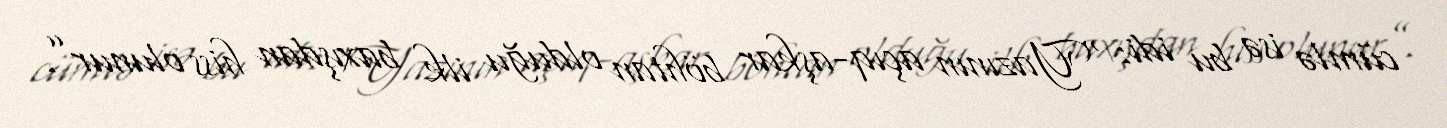
cümlə isə bu idi: “Yazının açıq-aşkar böhtan olduğu ilk baxışdan hiss olunur”.